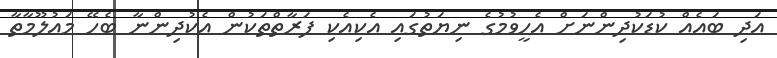
އަދި ބައެއް ކުޑަކުދިންނަށް އެހީވުމުގެ ނިޔަތުގައި އެކިއެކި ފަރާތްތަކުން އެކުދިންނާ ބެހޭ މައުލޫމާތާ